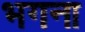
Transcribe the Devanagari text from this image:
भगना